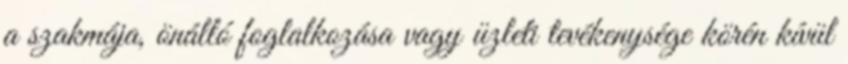
a szakmája, önálló foglalkozása vagy üzleti tevékenysége körén kívül